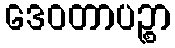
ဒေဝတာပဉ္စာ